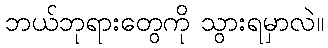
ဘယ်ဘုရားတွေကို သွားရမှာလဲ။